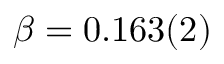
\beta = 0 . 1 6 3 ( 2 )